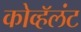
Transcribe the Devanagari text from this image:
कोव्हॅलंट